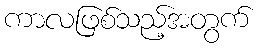
ကာလဖြစ်သည့်အတွက်